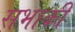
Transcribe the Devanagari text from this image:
सभाकी